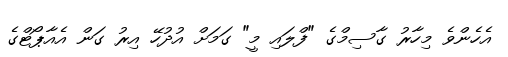
އެހެންވެ މިހާރު ގާސިމްގެ "ފްލައި މީ" ގަމަށް އުދުހޭ އިރު ގަން އެއާޕޯޓްގެ